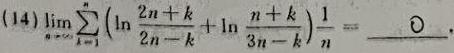
\[(14)\lim_{n\to\infty}\sum_{k = 1}^{n}\left(\ln\frac{2n + k}{2n - k}+\ln\frac{n + k}{3n - k}\right)\frac{1}{n}=\underline{\hspace{3cm}}.\]